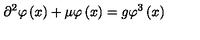
\partial ^ { 2 } \varphi \left( x \right) + \mu \varphi \left( x \right) = g \varphi ^ { 3 } \left( x \right)